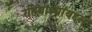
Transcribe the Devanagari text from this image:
रहिवाश्यांबद्दल